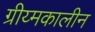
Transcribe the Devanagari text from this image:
ग्रीय्मकालीन